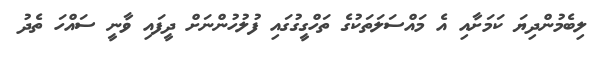
ލިބެމުންދިޔަ ކަމަށާއި އެ މައްސަލަތަކުގެ ތަހްގީގުގައި ފުލުހުންނަށް ދީފައި ވާނީ ސައްހަ ތެދު